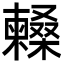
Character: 𣞰